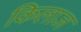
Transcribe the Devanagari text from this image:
किलाज